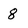
Character: 8